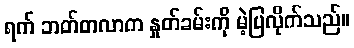
ရက် ဘတ်တလာက နှုတ်ခမ်းကို မဲ့ပြလိုက်သည်။